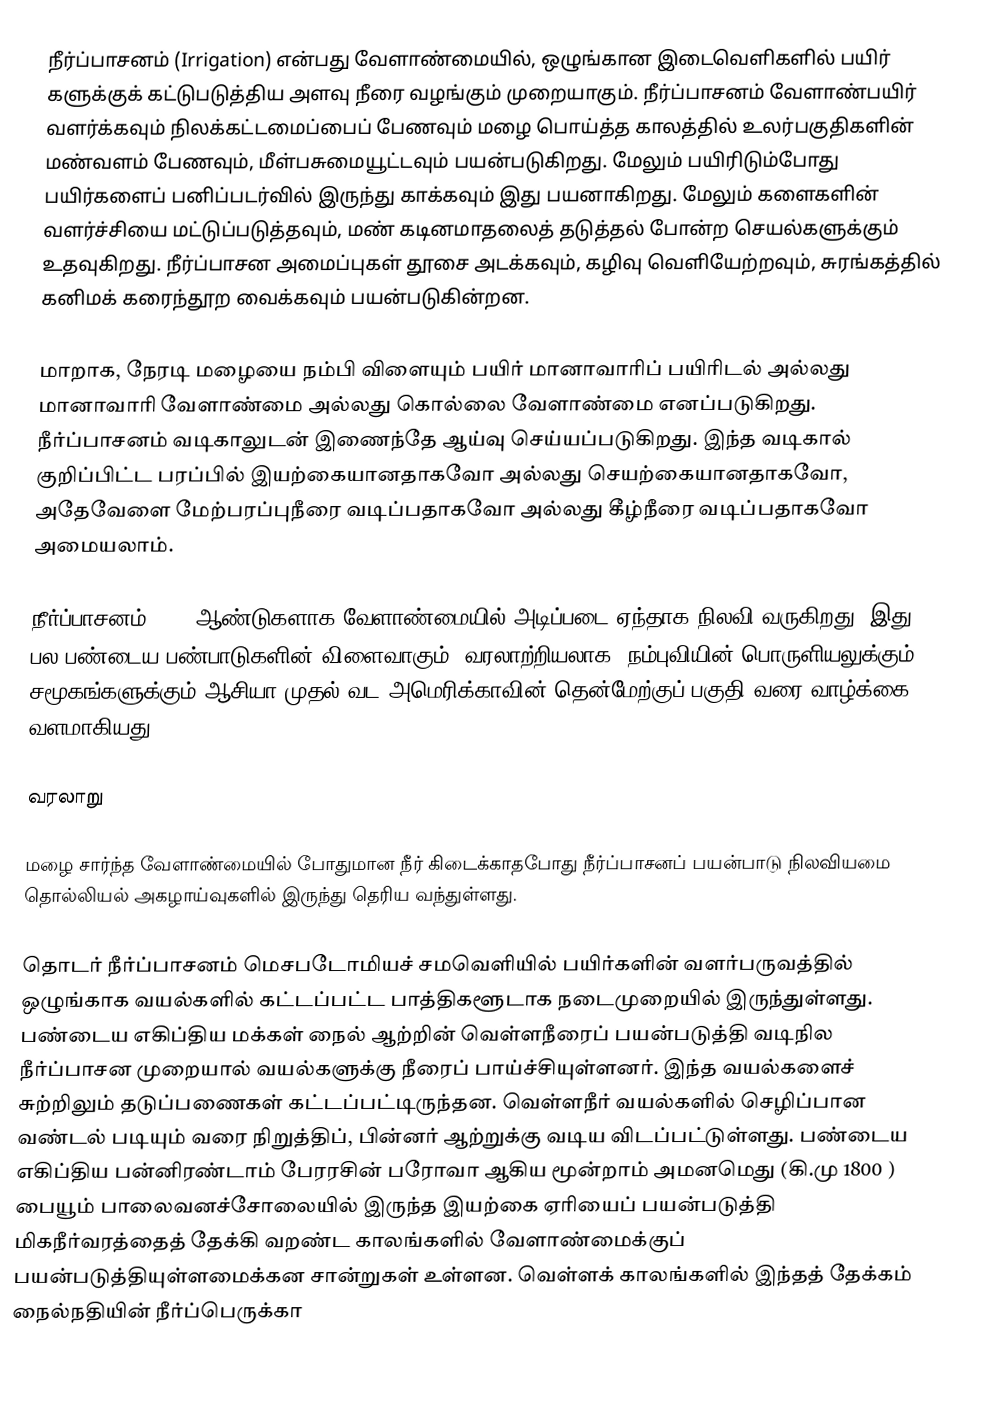
நீர்ப்பாசனம் (Irrigation) என்பது வேளாண்மையில், ஒழுங்கான இடைவெளிகளில் பயிர் களுக்குக் கட்டுபடுத்திய அளவு நீரை வழங்கும் முறையாகும். நீர்ப்பாசனம் வேளாண்பயிர் வளர்க்கவும் நிலக்கட்டமைப்பைப் பேணவும் மழை பொய்த்த காலத்தில் உலர்பகுதிகளின் மண்வளம் பேணவும், மீள்பசுமையூட்டவும் பயன்படுகிறது. மேலும் பயிரிடும்போது பயிர்களைப் பனிப்படர்வில் இருந்து காக்கவும் இது பயனாகிறது. மேலும் களைகளின் வளர்ச்சியை மட்டுப்படுத்தவும்,  மண் கடினமாதலைத் தடுத்தல் போன்ற செயல்களுக்கும் உதவுகிறது. நீர்ப்பாசன அமைப்புகள் தூசை அடக்கவும், கழிவு வெளியேற்றவும், சுரங்கத்தில் கனிமக் கரைந்தூற வைக்கவும் பயன்படுகின்றன.

மாறாக, நேரடி மழையை நம்பி விளையும் பயிர் மானாவாரிப் பயிரிடல் அல்லது மானாவாரி வேளாண்மை அல்லது கொல்லை வேளாண்மை எனப்படுகிறது. நீர்ப்பாசனம் வடிகாலுடன் இணைந்தே ஆய்வு செய்யப்படுகிறது. இந்த வடிகால் குறிப்பிட்ட பரப்பில் இயற்கையானதாகவோ அல்லது செயற்கையானதாகவோ, அதேவேளை மேற்பரப்புநீரை வடிப்பதாகவோ அல்லது கீழ்நீரை வடிப்பதாகவோ அமையலாம்.

நீர்ப்பாசனம் 5000 ஆண்டுகளாக வேளாண்மையில் அடிப்படை ஏந்தாக நிலவி வருகிறது. இது பல பண்டைய பண்பாடுகளின் விளைவாகும். வரலாற்றியலாக, நம்புவியின் பொருளியலுக்கும், சமூகங்களுக்கும் ஆசியா முதல் வட அமெரிக்காவின் தென்மேற்குப் பகுதி வரை வாழ்க்கை வளமாகியது.

வரலாறு

மழை சார்ந்த வேளாண்மையில் போதுமான நீர் கிடைக்காதபோது நீர்ப்பாசனப் பயன்பாடு நிலவியமை தொல்லியல் அகழாய்வுகளில் இருந்து தெரிய வந்துள்ளது.

தொடர் நீர்ப்பாசனம் மெசபடோமியச் சமவெளியில் பயிர்களின் வளர்பருவத்தில் ஒழுங்காக வயல்களில் கட்டப்பட்ட பாத்திகளூடாக நடைமுறையில் இருந்துள்ளது. பண்டைய எகிப்திய மக்கள் நைல் ஆற்றின் வெள்ளநீரைப் பயன்படுத்தி வடிநில நீர்ப்பாசன முறையால் வயல்களுக்கு நீரைப் பாய்ச்சியுள்ளனர். இந்த வயல்களைச் சுற்றிலும் தடுப்பணைகள் கட்டப்பட்டிருந்தன. வெள்ளநீர் வயல்களில் செழிப்பான வண்டல் படியும் வரை நிறுத்திப், பின்னர் ஆற்றுக்கு வடிய விடப்பட்டுள்ளது. பண்டைய எகிப்திய பன்னிரண்டாம் பேரரசின் பரோவா ஆகிய மூன்றாம் அமனமெது (கி.மு 1800 ) பையூம் பாலைவனச்சோலையில் இருந்த இயற்கை ஏரியைப் பயன்படுத்தி மிகநீர்வரத்தைத் தேக்கி வறண்ட காலங்களில் வேளாண்மைக்குப் பயன்படுத்தியுள்ளமைக்கன சான்றுகள் உள்ளன. வெள்ளக் காலங்களில் இந்தத் தேக்கம் நைல்நதியின் நீர்ப்பெருக்கா